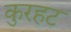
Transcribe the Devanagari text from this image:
कुरहट